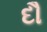
દૌ